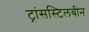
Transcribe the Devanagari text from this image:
ट्रांसस्टिलबीन